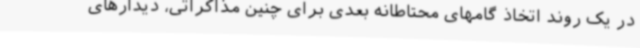
در یک روند اتخاذ گامهای محتاطانه بعدی برای چنین مذاکراتی، دیدارهای